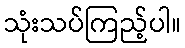
သုံးသပ်ကြည့်ပါ။